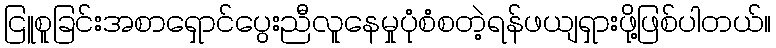
ငြူစူခြင်းအစာရှောင်ပွေးညီလူနေမှုပုံစံစတဲ့ရန်ဖယျရှားဖို့ဖြစ်ပါတယ်။